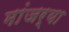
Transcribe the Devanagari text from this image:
मांजर्‍या